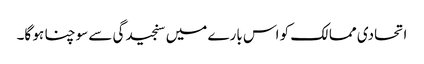
اتحادی ممالک کو اس بارے میں سنجیدگی سے سوچنا ہو گا۔